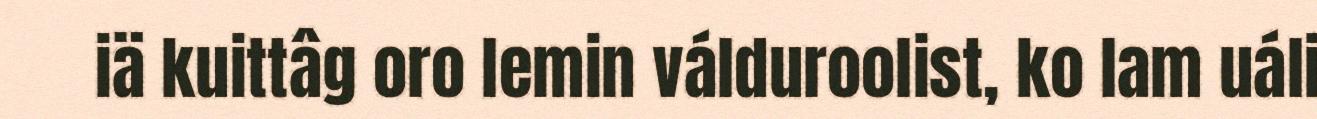
iä kuittâg oro lemin válduroolist, ko lam uáli